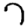
Digit: 7